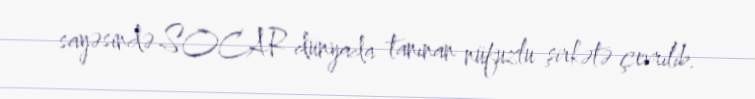
sayəsində SOCAR dünyada tanınan nüfuzlu şirkətə çevrilib.